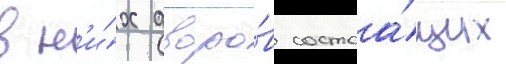
в н'и́х дворо́в состоа́щих